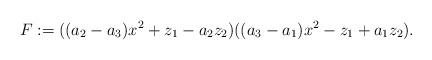
LaTeX: \begin{align*} F:=((a_2-a_3)x^2+z_1-a_2z_2)((a_3-a_1)x^2-z_1+a_1z_2). \end{align*}